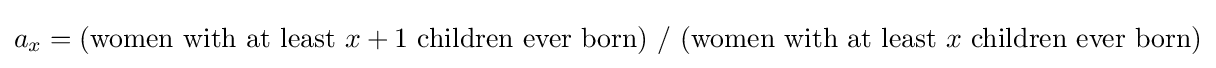
a_{x}={\text{(women with at least }}x+1{\text{ children ever born) }}/{\text{ (women with at least }}x{\text{ children ever born)}}